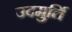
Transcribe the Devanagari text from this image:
उदमुर्ति